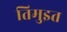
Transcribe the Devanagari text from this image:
तिमुइत